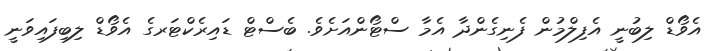
އެވޯޑް ލިބުނީ އެފިލްމުން ފެނިގެންދާ އެމާ ސްޓޯންއަށެވެ. ބެސްޓް ޑައިރެކްޓަރގެ އެވޯޑް ލިބިފައިވަނީ